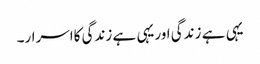
یہی ہے زندگی اوریہی ہے زندگی کااسرار۔